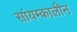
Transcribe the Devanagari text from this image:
सांयम्कालीन